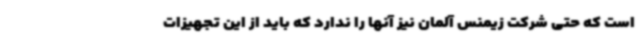
است که حتی شرکت زیمنس آلمان نیز آنها را ندارد که باید از این تجهیزات